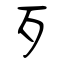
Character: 歹